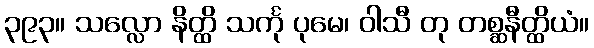
၃၉၃။ သလ္လော နိတ္ထိ သင်္ကု ပုမေ၊ ဝါသီ တု တစ္ဆနီတ္ထိယံ။